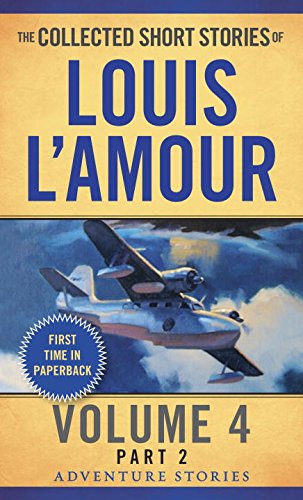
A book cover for The Collected Short Stories of Louis L'Amour, Volume 4, Part 2: Adventure Stories; Louis L'Amour; Literature & Fiction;